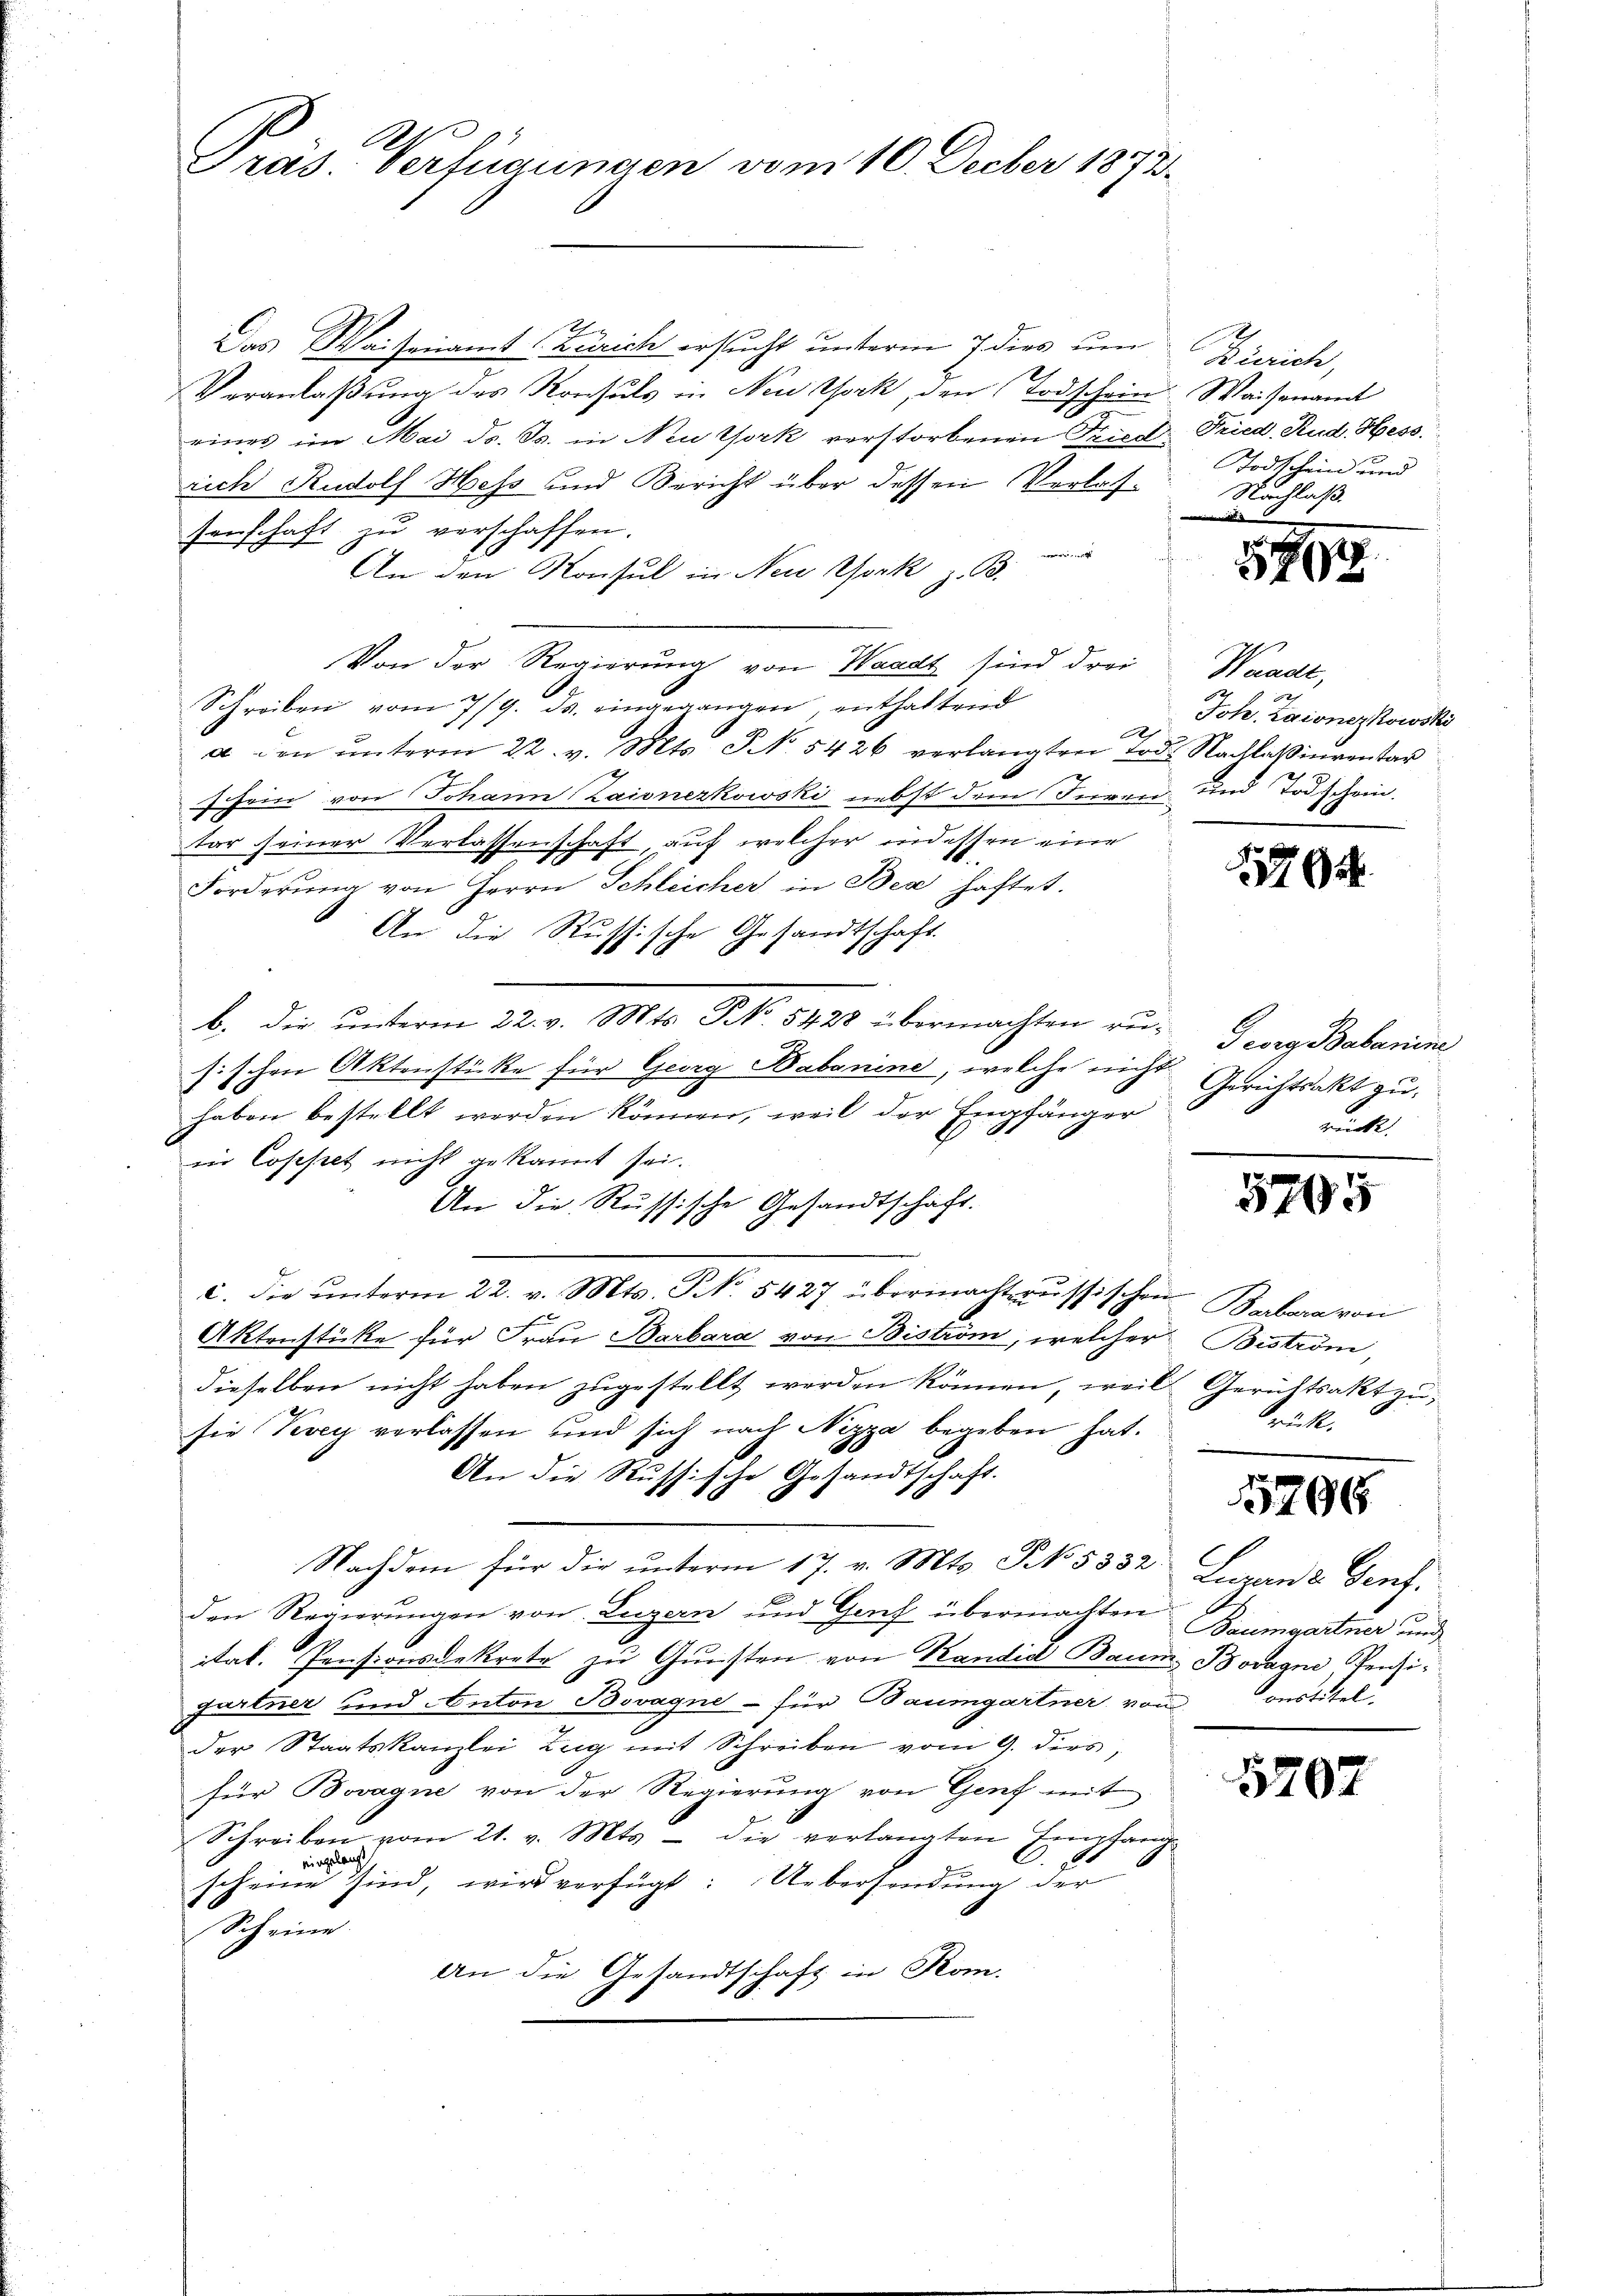
Gras. Verfügungen vom 10. Decber 1873

Th
Das Waisenamt Zürich ersucht unterm 7 dies um Zürich,
Veranlaßung des Konsuls in New York, den Todschein. Waisenamt
2
rines im Mai d. Js. in Neuork verstorbenen Fried Fried. Rud. Hess
rich Rudolf Hess und Bericht über dessen Verlassenschaft zu verschaffen.
e
An den Konsul in New York z. B.
Von der Regierung von Waadt sind drei
Schreiben vom 7/9. ds. eingegangen, enthaltend
a den ŭnterm 22. v. Mts. S. 5426 verlangten Tod. Nachlaβinventar
schein von Johann (Zaisnezkowski nebst dem Füren und Todschein.
tar seiner Verlassenschaft, auf welcher indessen eine
Forderŭng von Herrn Schleicher in Bea haftet.
An die Russische Gesandtschaft.
b. die ŭnterm 22. v. Mts. NNo. 5428 übermachten rŭ- Georg Babarine
sischen Aktenstücke für Georg Babanine, welche nicht
haben bestellt werden können, weil der Empfänger
in Cosestet nicht gekannt sei.
An die Russische Gesandtschaft.
n
c. die ŭnterm 22. v. Mts. No. 5427 übermachteressischen Barbara von
Aktenstücke für Frau Barbara von Biström, welcher Bistrom,
dieselben nicht haben zugestellt werden können, weil Gerichtsakt zusie Krey verlassen und sich nach Nizza begeben hat.
An die Russikte Gesandtschaft.
26
Nachdem für die unterm 17. v. Mts. S. 5332, Luzan 2 Genf,
den Regierungen von Luzern und Genf übermachten Baumgartner und
itat. Pensionsdekrete zu Gunsten von Kandid Baum Boragno Penzigartner und Anton Bovagne - für Baumgartner vom
der Staatskanzlei Zug mit Schreiben vom 9. dies,
für Bovagne von der Regierung von Genf mit
Schreiben vom 21. v. Mts. - die verlangten Empfang
. 88
eingelang
scheine sind, wird verfügt: Uebersendung der
Scheine
An die Gesandtschaft in Kom-

Todtschein und
Nachlaß.

57

1

Waadt,
Joh. Zaioneskowski
A

6

Gerichtsakt zu
rücke.

5705

drück.

5796

onstitel.

1707